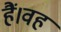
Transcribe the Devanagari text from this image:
हैं।वह